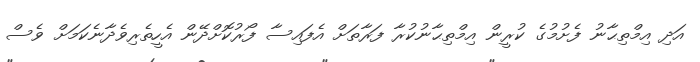
އަދި އިމްތިޙާނު ފެށުމުގެ ކުރީން އިމްތިޙާނުކުރާ ފަރާތަށް އެފައިސާ ފޯރުކޮށްދޭން އެހީތެރިވެދާނެކަމަށް ވެސް